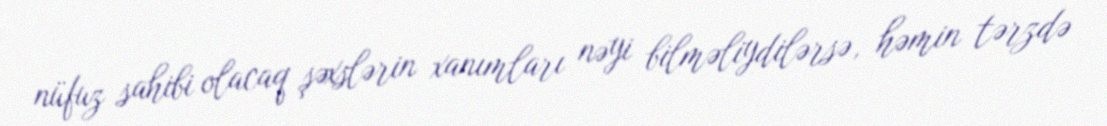
nüfuz sahibi olacaq şəxslərin xanımları nəyi bilməliydilərsə, həmin tərzdə